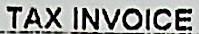
TAX INVOICE